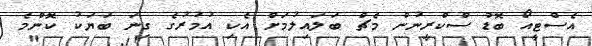
އެސްޓީއޯ ބޮޑު ސްކްރީނުން މެޗް ބަލައިލުމަށް އެކި އުމުރުގެ ގިނަ ބަޔަކު ކޮންމެ